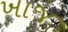
ખાજ